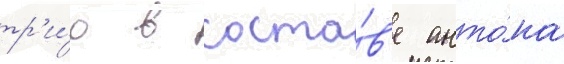
тр'и́о в соста́в'е анто́на